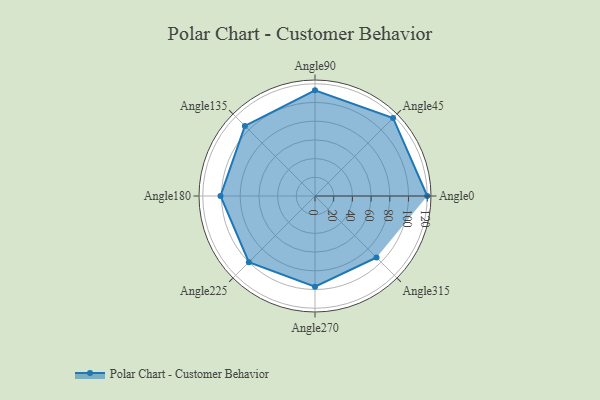
{"axis": {"x": "Angle", "y": "Radius"}, "legend": [""], "data": [{"x": "Angle0", "y": 120.0, "type": ""}, {"x": "Angle45", "y": 118.0, "type": ""}, {"x": "Angle90", "y": 113.0, "type": ""}, {"x": "Angle135", "y": 106.0, "type": ""}, {"x": "Angle180", "y": 101.0, "type": ""}, {"x": "Angle225", "y": 100.0, "type": ""}, {"x": "Angle270", "y": 97.0, "type": ""}, {"x": "Angle315", "y": 93.0, "type": ""}]}